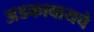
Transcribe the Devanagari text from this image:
अडकावायचे